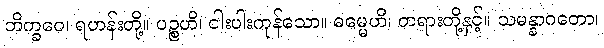
ဘိက္ခဝေ၊ ရဟန်းတို့။ ပဉ္စဟိ၊ ငါးပါးကုန်သော။ ဓမ္မေဟိ၊ တရားတို့နှင့်။ သမန္နာဂတော၊